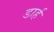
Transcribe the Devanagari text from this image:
डार्ह